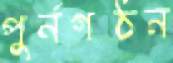
পুর্নগঠন